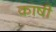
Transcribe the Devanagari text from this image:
काषी